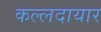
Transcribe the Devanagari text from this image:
कल्लदायार